Problem: 16 + 30 = ?
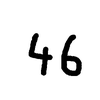
Handwritten answer: 46